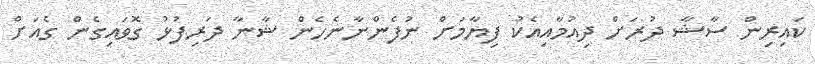
ކައިރިން ސާޝާ ދުރަށް ދިއުމާއިއެކު ފިޔާމަށް ނުފެންނާނެހެން ޝާނާ ދަރިފުޅު ގޮވައިގެން ގެއަށް